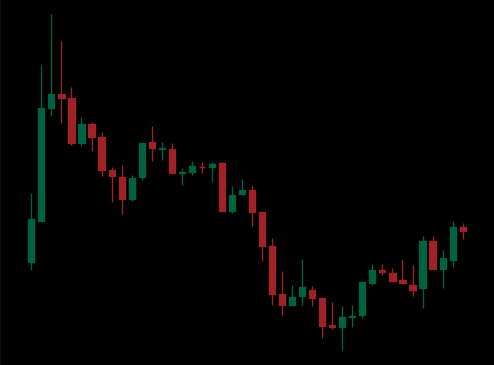
Pattern: bull_flag